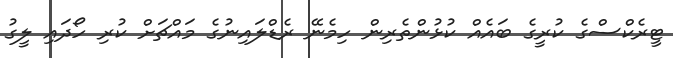
ޓީރެކްސްގެ ކުރީގެ ބައެއް ކުޅުންތެރިން ހިމެނޭ ރެޑްލައިނުގެ މައްޗަށް ކުރި ހޯދައި ލީގު